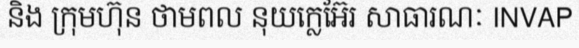
និង ក្រុមហ៊ុន ថាមពល នុយក្លេអ៊ែរ សាធារណៈ INVAP